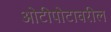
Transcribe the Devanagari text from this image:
ओटीपोटावरील